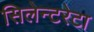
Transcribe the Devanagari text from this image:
सिलेन्टरेटा